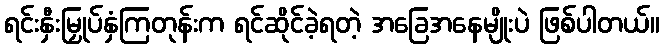
ရင်းနှီးမြှုပ်နှံကြတုန်းက ရင်ဆိုင်ခဲ့ရတဲ့ အခြေအနေမျိုးပဲ ဖြစ်ပါတယ်။